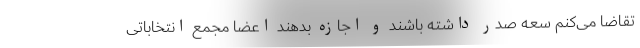
تقاضا می‌کنم سعه صدر داشته باشند و اجازه بدهند اعضا مجمع انتخاباتی